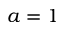
a = 1